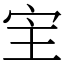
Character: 宔